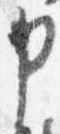
申